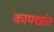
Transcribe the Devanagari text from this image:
कायद्यांत